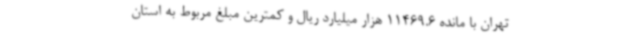
تهران با مانده 11469.6 هزار میلیارد ریال و کمترین مبلغ مربوط به استان